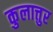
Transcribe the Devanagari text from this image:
कुलात्तुर